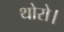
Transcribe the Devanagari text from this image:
थोरो।